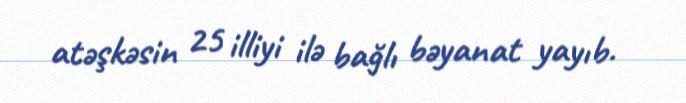
atəşkəsin 25 illiyi ilə bağlı bəyanat yayıb.